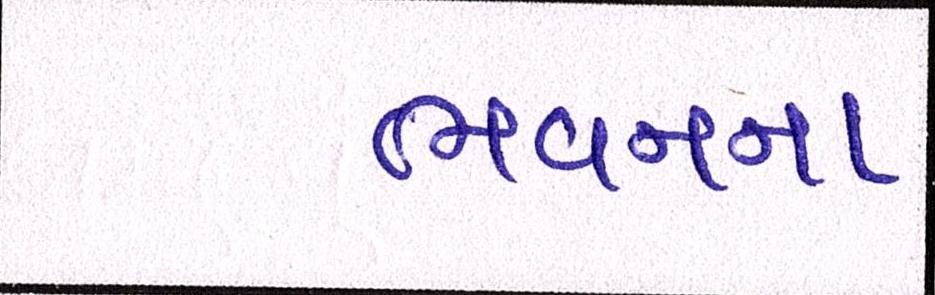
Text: ભવનના